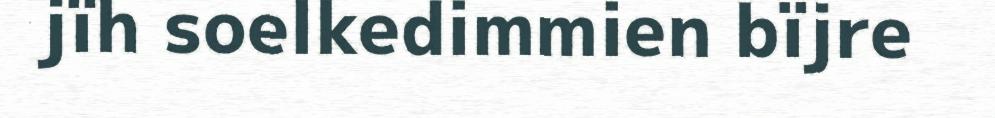
jïh soelkedimmien bïjre